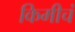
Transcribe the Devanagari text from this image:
किमीचं